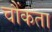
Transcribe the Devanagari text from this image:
चौंकता